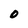
Character: O